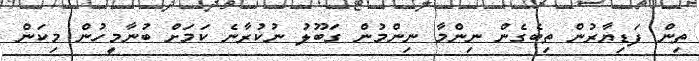
ތިން ފަޑިޔާރުން ތިބެގެން ނިންމާ ނިންމުން ގަބޫލު ނުކުރާނެ ކަމަށް ބުނާމީހުން މިކަން